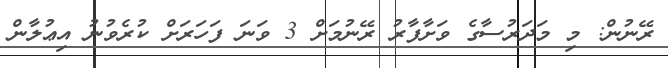
ރޭނުން: މި މަދަރުސާގެ ވަށާފާރު ރޭނުމަށް 3 ވަނަ ފަހަރަށް ކުރެވުނު އިޢުލާން